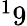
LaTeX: ^19